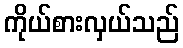
ကိုယ်စားလှယ်သည်